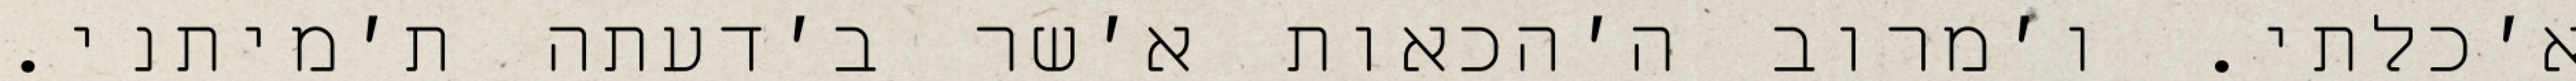
א׳כלתי. ו׳מרוב ה׳הכאות א׳שר ב׳דעתה ת׳מיתני.